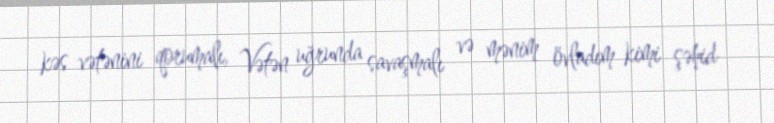
kəs vətənini qorumalı, Vətən uğrunda savaşmalı və mənim övladım kimi şəhid